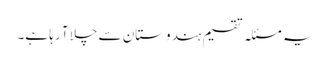
یہ مسئلہ تقسیم ہندوستان سے چلا آ رہا ہے۔